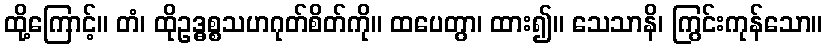
ထို့ကြောင့်။ တံ၊ ထိုဥဒ္ဓစ္စသဟဂုတ်စိတ်ကို။ ထပေတွာ၊ ထား၍။ သေသာနိ၊ ကြွင်းကုန်သော။